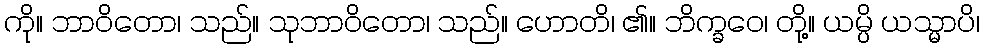
ကို။ ဘာဝိတော၊ သည်။ သုဘာဝိတော၊ သည်။ ဟောတိ၊ ၏။ ဘိက္ခဝေ၊ တို့။ ယမ္ပိ ယသ္မာပိ၊